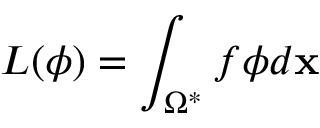
L ( \phi ) = \int _ { \Omega ^ { * } } f \phi d \mathbf { x }